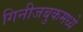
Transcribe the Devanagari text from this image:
गिनीजबुकमध्ये